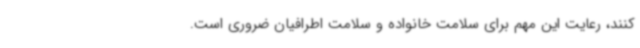
کنند، رعایت این مهم برای سلامت خانواده و سلامت اطرافیان ضروری است.